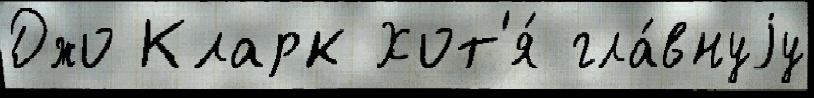
Джо Кларк Хот'я́ гла́внуjу